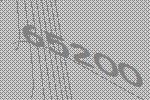
65200